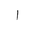
Letter: _alif